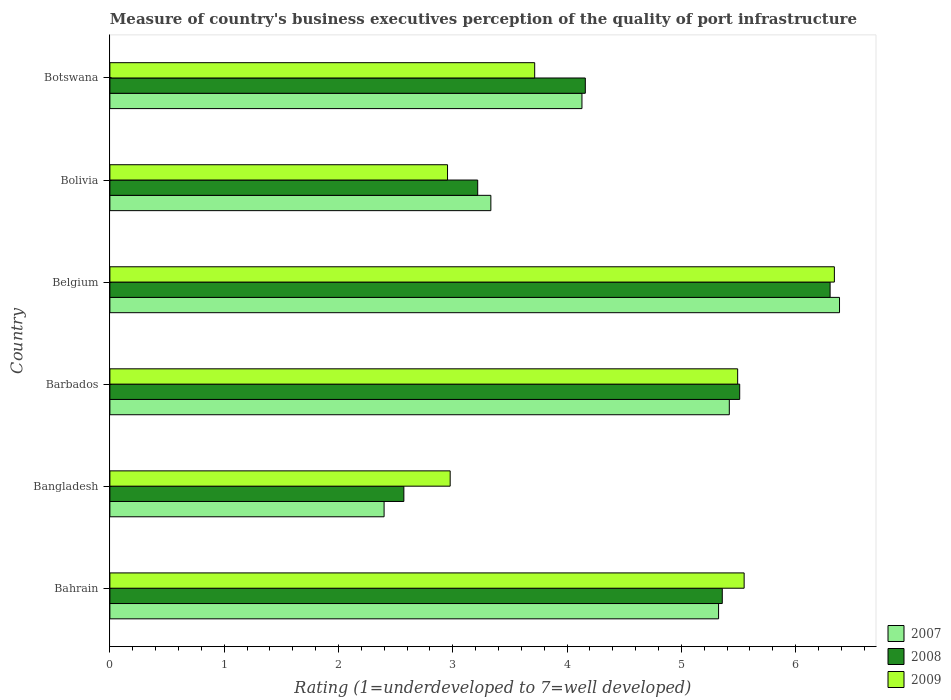
| Country | 2007 | 2008 | 2009 |
 | --- | --- | --- | --- |
 | Bahrain | 5.33 | 5.36 | 5.55 |
 | Bangladesh | 2.4 | 2.57 | 2.98 |
 | Barbados | 5.42 | 5.51 | 5.49 |
 | Belgium | 6.38 | 6.3 | 6.34 |
 | Bolivia | 3.33 | 3.22 | 2.95 |
 | Botswana | 4.13 | 4.16 | 3.72 |